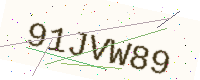
Text: 91JVW89